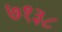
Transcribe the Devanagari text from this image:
७१३८